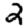
Digit: 2